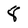
Character: 8